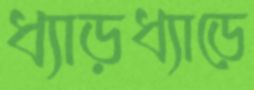
ধ্যাড়ধ্যাড়ে